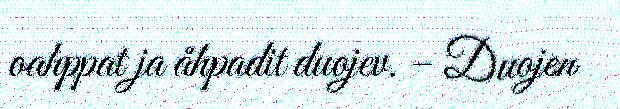
oahppat ja åhpadit duojev. – Duojen